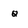
Character: q